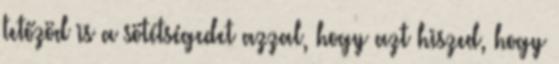
tetőzöd is a sötétségedet azzal, hogy azt hiszed, hogy